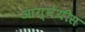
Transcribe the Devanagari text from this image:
आग्‍नेयीस